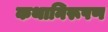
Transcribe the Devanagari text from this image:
कथानिरूपण